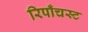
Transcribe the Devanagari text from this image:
रिपाँचस्ट